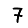
Digit: 7